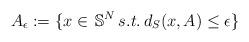
LaTeX: \begin{align*}A_{\epsilon}:=\{x\in\,\mathbb{S}^N\,s.t.\,d_S(x,A)\leq\epsilon\} \end{align*}